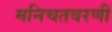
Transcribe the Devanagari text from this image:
मनिचतवरणी